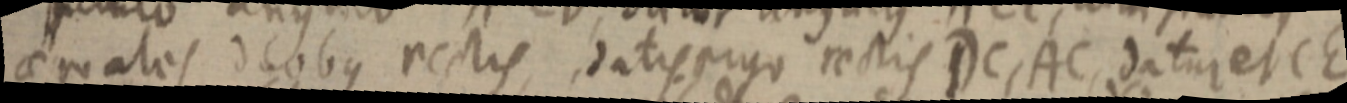
aequales duobus rectis, datis ergo rectis DC, AC, datur et CE